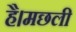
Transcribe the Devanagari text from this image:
है।मछली